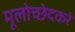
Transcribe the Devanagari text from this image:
मूलोच्छेदकरं